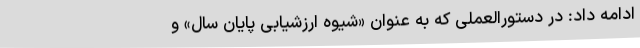
ادامه داد: در دستورالعملی که به عنوان «شیوه ارزشیابی پایان سال» و